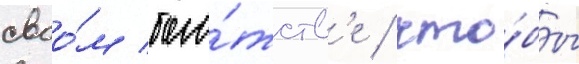
своо́м бога́тств'е / что́бы